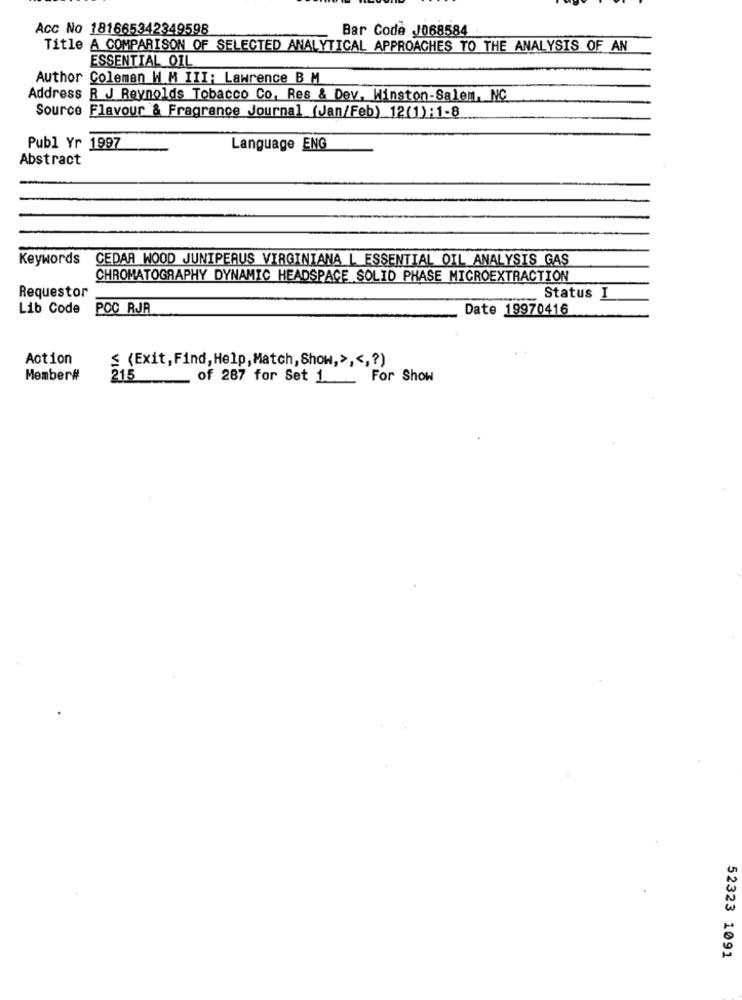
Acc No 181665342349598
Bar Code J068584
Title A COMPARISON OF SELECTED ANALYTICAL APPROACHES TO THE ANALYSIS OF AN
ESSENTIAL OIL
Author Coleman W M III: Lawrence B M
Address R J Reynolds Tobacco Co, Res & Dev, Winston-Salem, NC
Source Flavour & Fragrance Journal (Jan/Feb) 12(1):1-8
Publ Yr 1997
Language ENG
Abstract
Keywords
CEDAR WOOD JUNIPERUS VIRGINIANA L ESSENTIAL OIL ANALYSIS GAS
CHROMATOGRAPHY DYNAMIC HEADSPACE SOLID PHASE MICROEXTRACTION
Requestor
Status I
Lib Code
PCC RJR
Date 19970416
Action
≤ (Exit, Find, Help, Match, Show,> ,<,? )
Member#
215
of 287 for Set 1 _ For Show
52323 1091